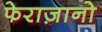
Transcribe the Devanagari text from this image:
फेराज़ानो